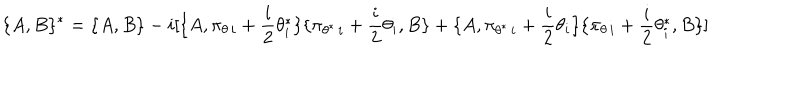
\lbrace A , B \rbrace { } ^ { * } = \lbrace A , B \rbrace - i [ \lbrace A , \pi _ { \theta \, i } + { \frac { i } { 2 } } \theta _ { i } ^ { * } \rbrace \lbrace \pi _ { \theta ^ { * } \, i } + { \frac { i } { 2 } } \theta _ { i } , B \rbrace + \lbrace A , \pi _ { \theta ^ { * } \, i } + { \frac { i } { 2 } } \theta _ { i } \rbrace \lbrace \pi _ { \theta \, i } + { \frac { i } { 2 } } \theta _ { i } ^ { * } , B \rbrace ]